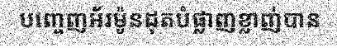
បញ្ចេញអ័រម៉ូនដុតបំផ្លាញខ្លាញ់បាន